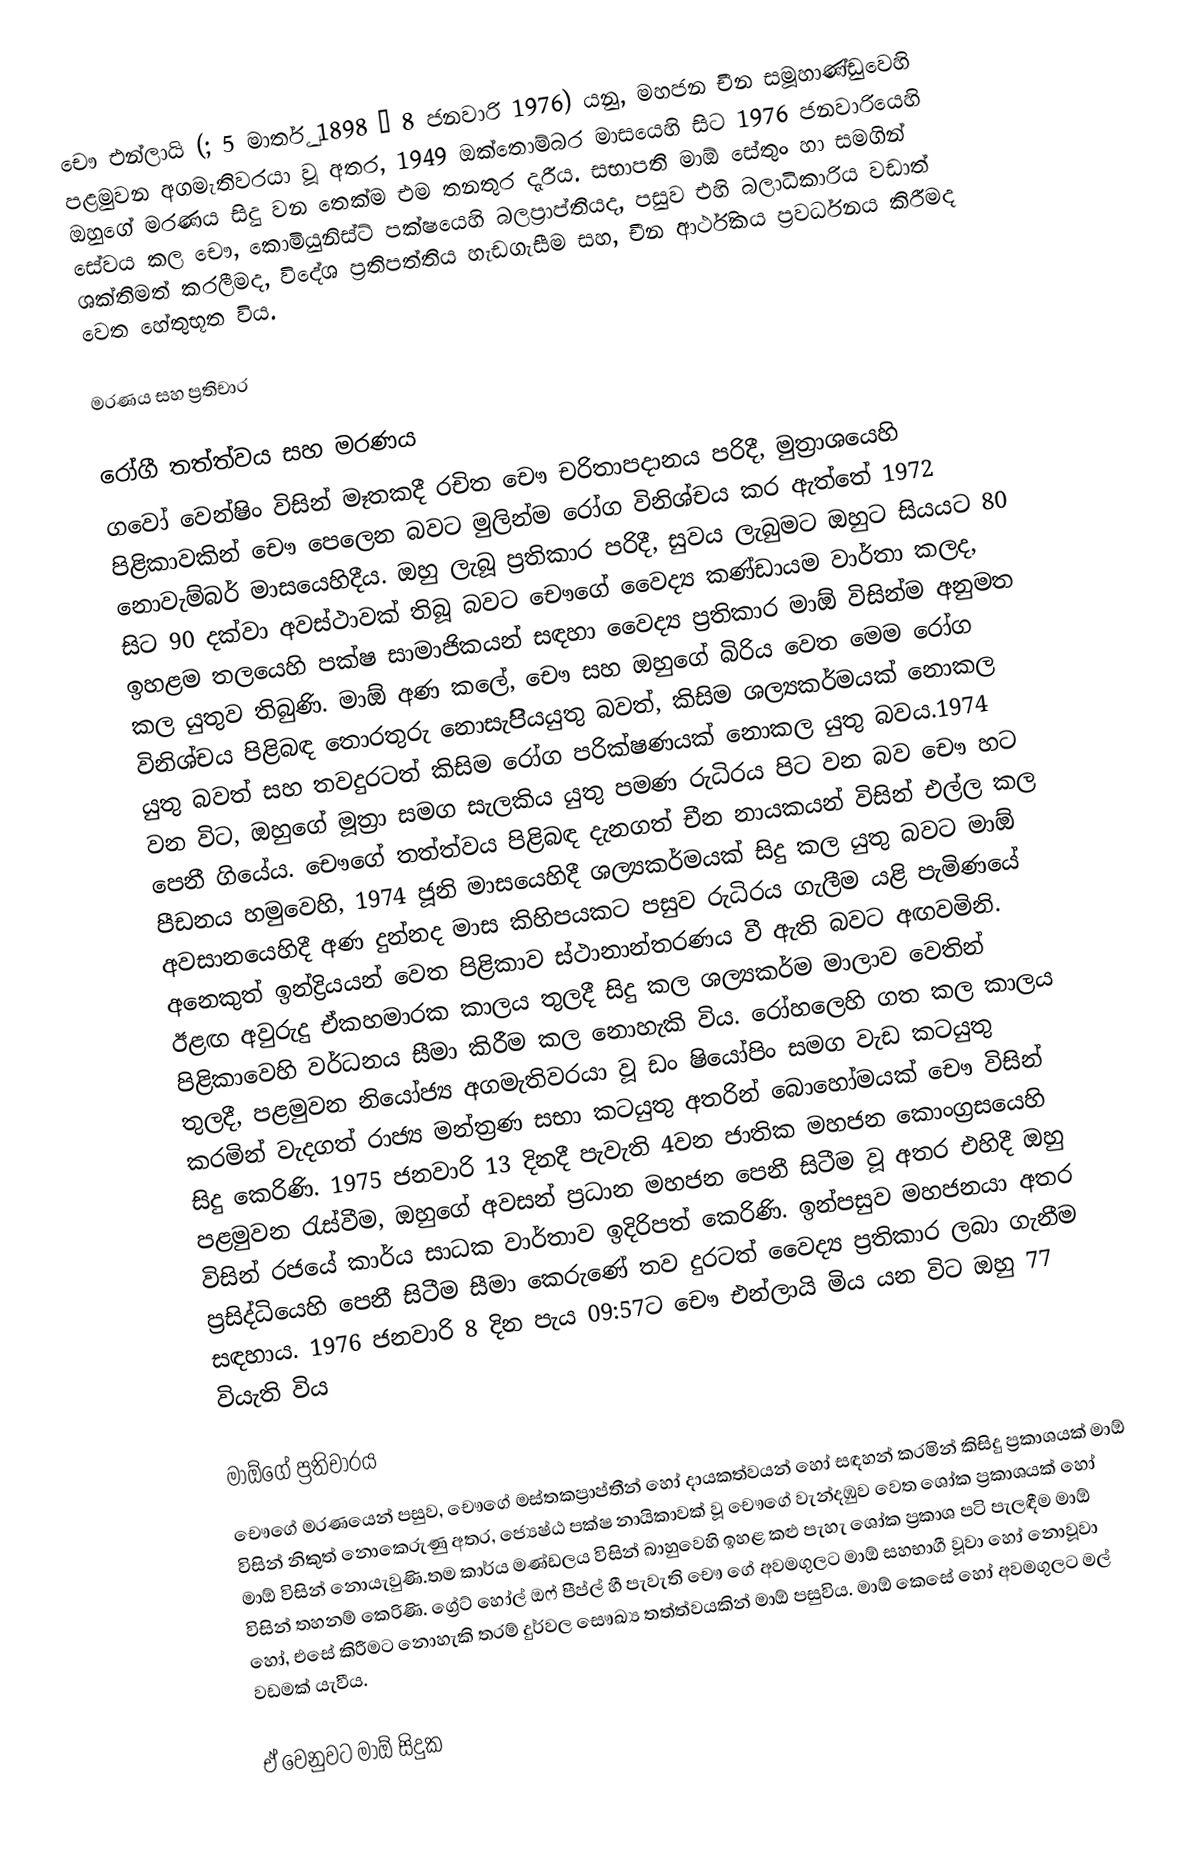
චෞ එන්ලායි (; 5 මාර්තු 1898 – 8 ජනවාරි 1976) යනු,  මහජන චීන සමූහාණ්ඩුවෙහි පළමුවන අගමැතිවරයා වූ අතර, 1949 ඔක්තොම්බර මාසයෙහි සිට  1976 ජනවාරියෙහි ඔහුගේ මරණය සිදු වන තෙක්ම එම තනතුර දැරීය. සභාපති මාඕ සේතුං හා සමගින් සේවය කල චෞ, කොමියුනිස්ට් පක්ෂයෙහි බලප්‍රාප්තියද, පසුව එහි බලාධිකාරිය වඩාත් ශක්තිමත් කරලීමද, විදේශ ප්‍රතිපත්තිය  හැඩගැසීම සහ, චීන ආර්ථිකය ප්‍රවර්ධනය කිරීමද වෙත හේතුභූත විය.

මරණය සහ ප්‍රතිචාර

රෝගී තත්ත්වය සහ මරණය
ගවෝ වෙන්ෂිං විසින් මෑතකදී රචිත චෞ චරිතාපදානය පරිදී, මුත්‍රාශයෙහි පිළිකාවකින් චෞ පෙලෙන බවට මුලින්ම රෝග විනිශ්චය කර ඇත්තේ 1972 නොවැම්බර් මාසයෙහිදීය. ඔහු ලැබූ ප්‍රතිකාර පරිදී, සුවය ලැබුමට ඔහුට සියයට 80 සිට 90 දක්වා අවස්ථාවක් තිබූ බවට  චෞගේ වෛද්‍ය කණ්ඩායම වාර්තා කලද, ඉහළම තලයෙහි පක්ෂ සාමාජිකයන් සඳහා වෛද්‍ය ප්‍රතිකාර මාඕ විසින්ම අනුමත කල යුතුව තිබුණි. මාඕ අණ කලේ, චෞ සහ ඔහුගේ බිරිය වෙත මෙම රෝග විනිශ්චය පිළිබඳ තොරතුරු නොසැපිියයුතු බවත්, කිසිම ශල්‍යකර්මයක් නොකල යුතු බවත් සහ තවදුරටත් කිසිම රෝග පරික්ෂණයක් නොකල යුතු බවය.1974 වන විට, ඔහුගේ මූත්‍රා සමග සැලකිය යුතු පමණ රුධිරය පිට වන බව චෞ හට පෙනී ගියේය.  චෞගේ තත්ත්වය පිළිබඳ දැනගත් චීන නායකයන් විසින් එල්ල කල පීඩනය හමුවෙහි, 1974 ජූනි මාසයෙහිදී ශල්‍යකර්මයක් සිදු කල යුතු බවට මාඕ අවසානයෙහිදී අණ දුන්නද මාස කිහිපයකට පසුව රුධිරය ගැලීම යළි පැමිණයේ අනෙකුත් ඉන්ද්‍රියයන් වෙත පිළිකාව ස්ථානාන්තරණය වී ඇති බවට අඟවමිනි. ඊළඟ අවුරුදු ඒකහමාරක කාලය තුලදී සිදු කල ශල්‍යකර්ම මාලාව වෙතින් පිළිකාවෙහි වර්ධනය සීමා කිරීම කල නොහැකි විය. රෝහලෙහි ගත කල කාලය තුලදී, පළමුවන නියෝජ්‍ය අගමැතිවරයා වූ ඩං ෂියෝපිං සමග වැඩ කටයුතු කරමින් වැදගත් රාජ්‍ය මන්ත්‍රණ සභා කටයුතු අතරින් බොහෝමයක් චෞ විසින් සිදු කෙරිණි. 1975 ජනවාරි 13 දිනදී පැවැති 4වන ජාතික මහජන කොංග්‍රසයෙහි පළමුවන රැස්වීම, ඔහුගේ අවසන් ප්‍රධාන මහජන පෙනී සිටීම වූ අතර එහිදී ඔහු විසින් රජයේ කාර්ය සාධක වාර්තාව ඉදිරිපත් කෙරිණි. ඉන්පසුව මහජනයා අතර ප්‍රසිද්ධියෙහි පෙනී සිටීම සීමා කෙරුණේ තව දුරටත් වෛද්‍ය ප්‍රතිකාර ලබා ගැනීම සඳහාය. 1976 ජනවාරි 8 දින පැය 09:57ට චෞ එන්ලායි මිය යන විට ඔහු 77 වියැති විය

මාඕගේ ප්‍රතිචාරය
චෞගේ මරණයෙන් පසුව, චෞගේ මස්තකප්‍රාප්තීන් හෝ දායකත්වයන් හෝ සඳහන් කරමින් කිසිදු ප්‍රකාශයක් මාඕ විසින් නිකුත් නොකෙරුණු අතර, ජ්‍යෙෂ්ඨ පක්ෂ නායිකාවක් වූ චෞගේ වැන්දඹුව වෙත ශෝක ප්‍රකාශයක් හෝ මාඕ විසින් නොයැවුණි.තම කාර්ය මණ්ඩලය විසින් බාහුවෙහි  ඉහළ කළු පැහැ ශෝක ප්‍රකාශ පටි පැලඳීම මාඕ විසින් තහනම් කෙරිණි. ග්‍රේට් හෝල් ඔෆ් පීප්ල් හී පැවැති චෞ ගේ අවමගුලට මාඕ සහභාගී වූවා හෝ නොවූවා හෝ, එසේ කිරීමට නොහැකි තරම් දුර්වල සෞඛ්‍ය තත්ත්වයකින් මාඕ පසුවිය. මාඕ කෙසේ හෝ අවමගුලට මල් වඩමක් යැවීය.

ඒ වෙනුවට මාඕ සිදුක